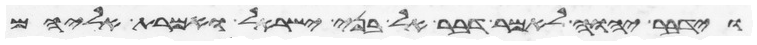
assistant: וידבר יהוה אל משה לאמר דבר אל בני ישראל ואמרת אליהם